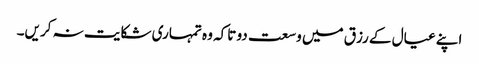
اپنے عیال کے رزق میں وسعت دو تاکہ وہ تمہاری شکایت نہ کریں۔